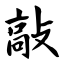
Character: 敲